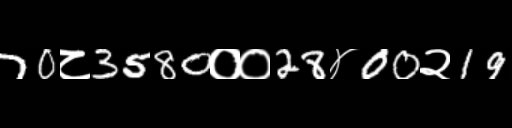
Text: 70८3580००28४00२19